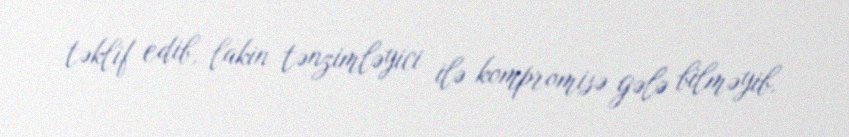
təklif edib, lakin tənzimləyici ilə kompromisə gələ bilməyib.